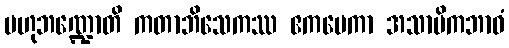
ဗဟုဘဏ္ဍောတိ ကတာဘိသေကဿ ဧကမေကာ အသာမိကဘာဝံ